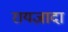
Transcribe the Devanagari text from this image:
रायज़ादा